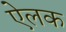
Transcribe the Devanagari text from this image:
ऐलक